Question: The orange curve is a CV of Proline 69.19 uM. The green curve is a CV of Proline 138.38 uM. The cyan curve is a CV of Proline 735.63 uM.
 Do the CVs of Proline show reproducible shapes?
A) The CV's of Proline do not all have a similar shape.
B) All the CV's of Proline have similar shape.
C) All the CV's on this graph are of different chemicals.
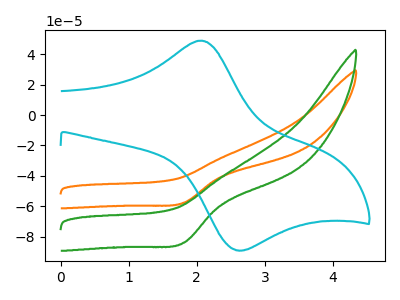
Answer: <think>The orange curve "Proline 69.19 uM" has a cathodic peak at: (1.80V, -57.60uA). The green curve "Proline 138.38 uM" has a cathodic peak at: (1.80V, -83.85uA). The cyan curve "Proline 735.63 uM" has an anodic peak at (2.05V, 48.85uA) and a cathodic peak at (2.60V, -88.85uA).
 All the peaks in "Proline 69.19 uM" have a peak in "Proline 138.38 uM" at the same potential. Every peak in "Proline 69.19 uM" is lower than every peak in "Proline 138.38 uM". "Proline 69.19 uM" and "Proline 735.63 uM" have a different number of peaks. "Proline 138.38 uM" and "Proline 735.63 uM" have a different number of peaks.</think>
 <answer>B) All the CV's of "Proline" have similar shape.</answer>
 <eval>B</eval>